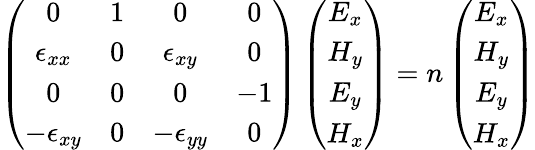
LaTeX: \left(\begin{array}{cccc}{0}&{1}&{0}&{0}\\ {\epsilon_{xx}}&{0}&{\epsilon_{xy}}&{0}\\ {0}&{0}&{0}&{-1}\\ {-\epsilon_{xy}}&{0}&{-\epsilon_{yy}}&{0}\end{array}\right)\left(\begin{array}{c}{E_{x}}\\ {H_{y}}\\ {E_{y}}\\ {H_{x}}\end{array}\right)=n\left(\begin{array}{c}{E_{x}}\\ {H_{y}}\\ {E_{y}}\\ {H_{x}}\end{array}\right)